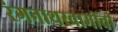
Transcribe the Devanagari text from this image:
रंगनाथस्वामींची